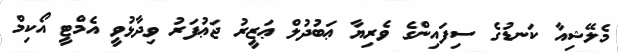
މެލޭޝިއާ ކަނޑުގެ ސިފައިންގެ ވެރިޔާ ޢަބުދުލް ޢަޒީރު ޖަޢުފަރު ވިދާޅުވީ އެމްޓީ އޯކިމް